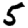
Digit: 5